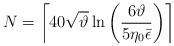
LaTeX: \begin{align*}N =\left\lceil 40\sqrt{\vartheta}\ln\left(\frac{6\vartheta}{5\eta_0 \bar\epsilon}\right) \right\rceil\end{align*}